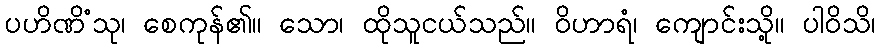
ပဟိဏိံသု၊ စေကုန်၏။ သော၊ ထိုသူငယ်သည်။ ဝိဟာရံ၊ ကျောင်းသို့။ ပါဝိသိ၊